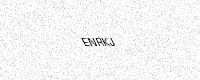
Text: ENRKJ